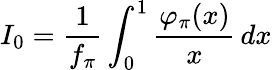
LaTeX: I_{0}=\frac 1{f_{\pi}}\int_{0}^{1}\frac{\varphi_{\pi}(x)}{x}\, dx